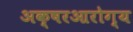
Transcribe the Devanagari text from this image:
अक्षरआरोग्य